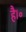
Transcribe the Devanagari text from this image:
है।॰